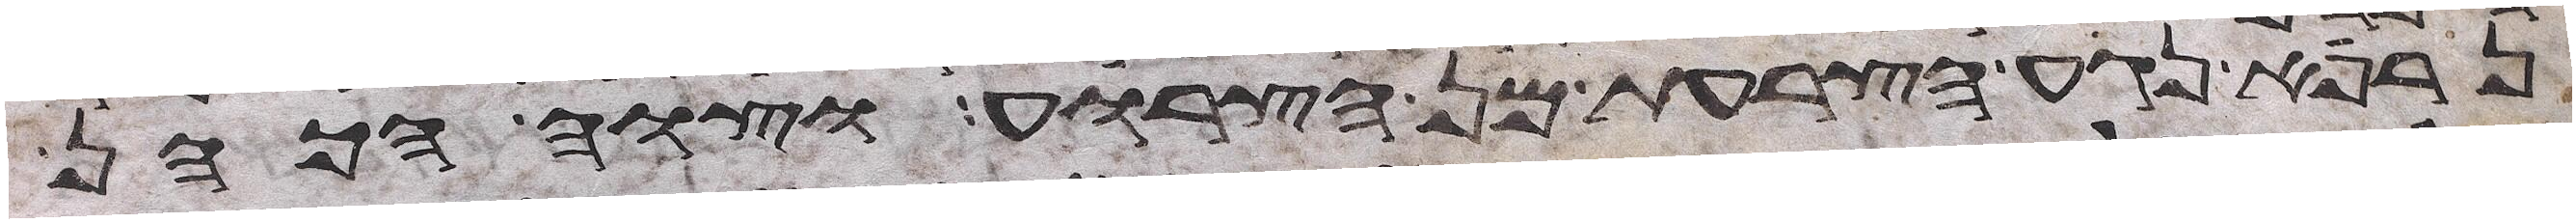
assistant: נרפא נגע הצרעת מן הצרוע וצוה הכהן